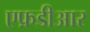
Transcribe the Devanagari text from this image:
एफ़डीआर